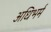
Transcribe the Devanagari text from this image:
अधिभर्म